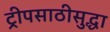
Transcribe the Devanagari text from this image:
ट्रीपसाठीसुद्धा